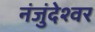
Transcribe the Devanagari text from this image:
नंजुंदेश्वर